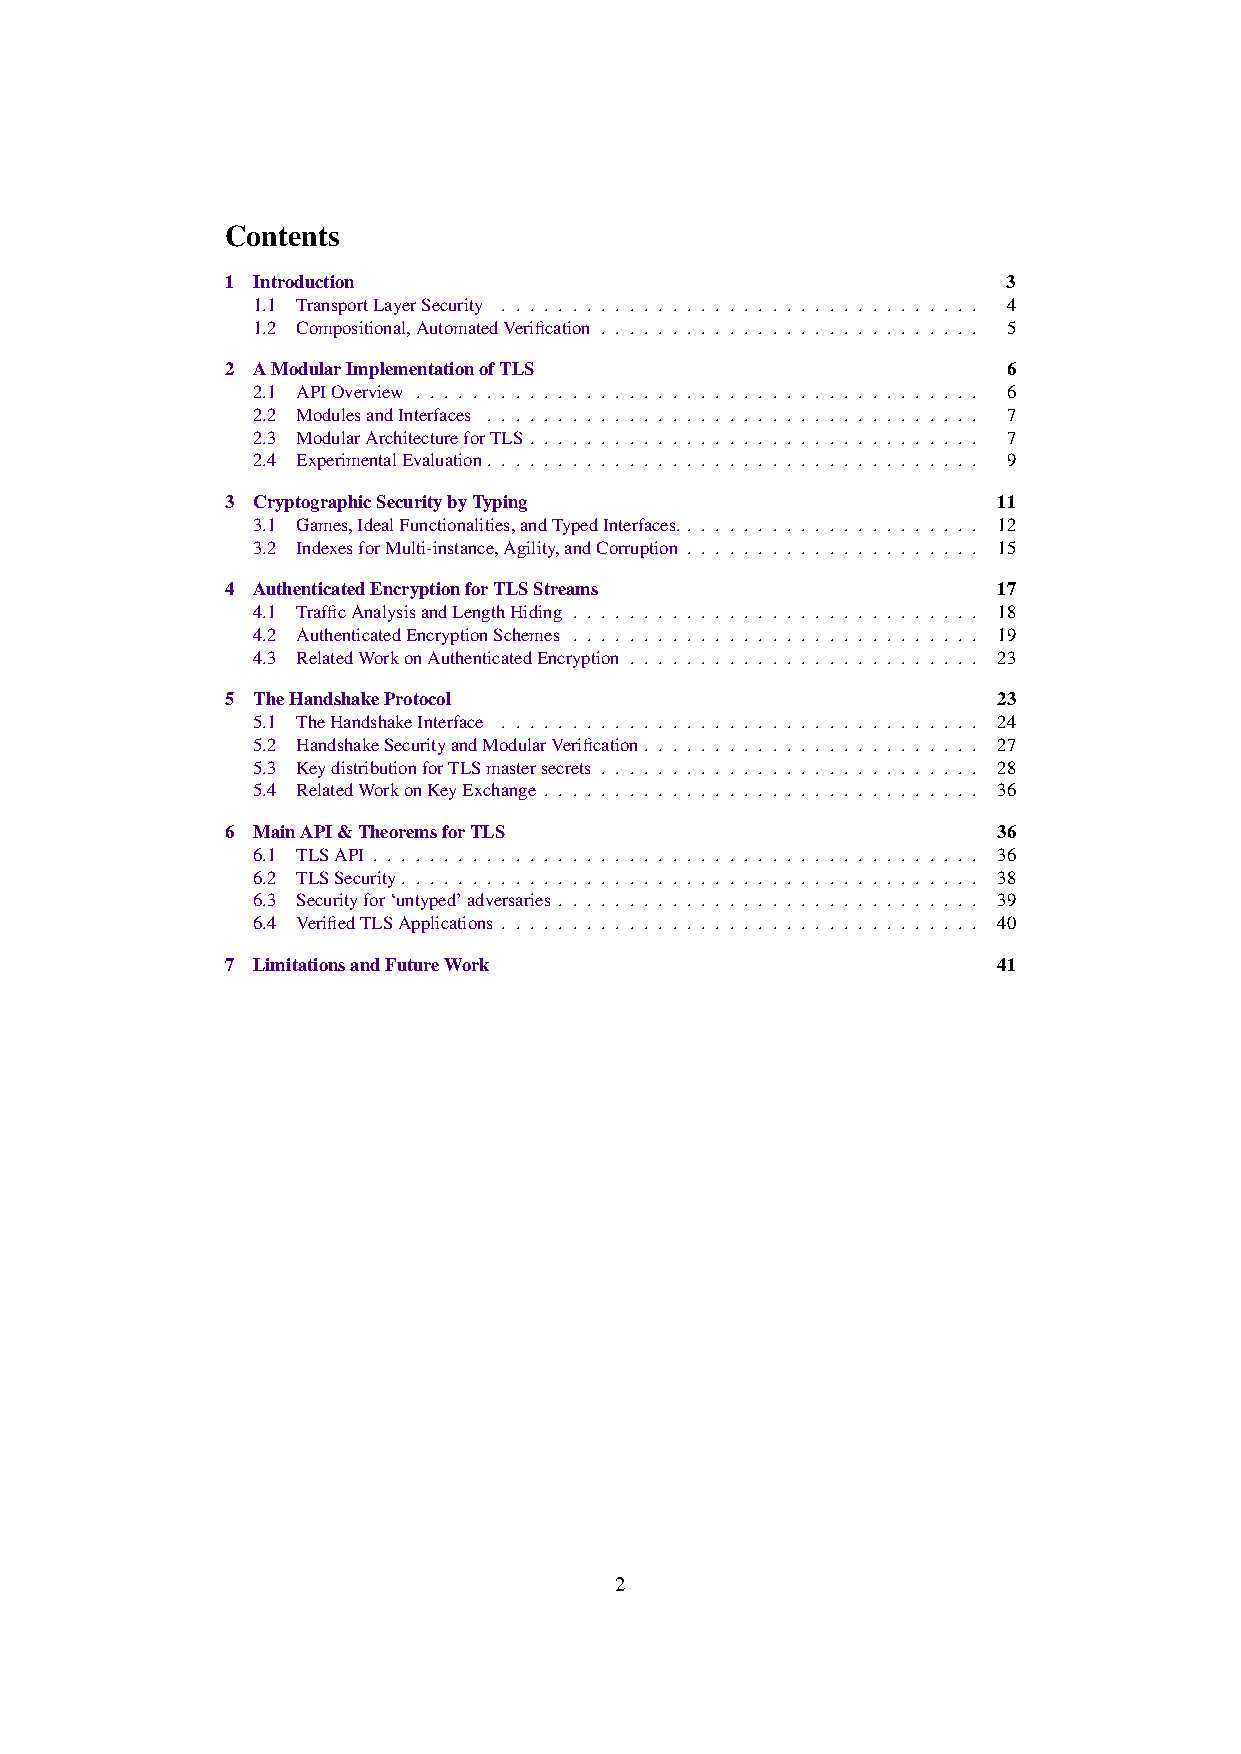
Contents
 1 Introduction                                      3
 1.1 TransportLayerSecurity . . . . . . . . . . . . . . . . . . . . . . . . . . . . . . . . . . 4
 1.2 Compositional,AutomatedVerification . . . . . . . . . . . . . . . . . . . . . . . . . . . 5
 2 AModularImplementationofTLS                       6
 2.1 APIOverview . . . . . . . . . . . . . . . . . . . . . . . . . . . . . . . . . . . . . . . . 6
 2.2 ModulesandInterfaces . . . . . . . . . . . . . . . . . . . . . . . . . . . . . . . . . . . 7
 2.3 ModularArchitectureforTLS . . . . . . . . . . . . . . . . . . . . . . . . . . . . . . . . 7
 2.4 ExperimentalEvaluation. . . . . . . . . . . . . . . . . . . . . . . . . . . . . . . . . . . 9
 3 CryptographicSecuritybyTyping                    11
 3.1 Games,IdealFunctionalities,andTypedInterfaces.. . . . . . . . . . . . . . . . . . . . . 12
 3.2 IndexesforMulti-instance,Agility,andCorruption . . . . . . . . . . . . . . . . . . . . . 15
 4 AuthenticatedEncryptionforTLSStreams             17
 4.1 TrafficAnalysisandLengthHiding . . . . . . . . . . . . . . . . . . . . . . . . . . . . . 18
 4.2 AuthenticatedEncryptionSchemes . . . . . . . . . . . . . . . . . . . . . . . . . . . . . 19
 4.3 RelatedWorkonAuthenticatedEncryption . . . . . . . . . . . . . . . . . . . . . . . . . 23
 5 TheHandshakeProtocol                             23
 5.1 TheHandshakeInterface . . . . . . . . . . . . . . . . . . . . . . . . . . . . . . . . . . 24
 5.2 HandshakeSecurityandModularVerification. . . . . . . . . . . . . . . . . . . . . . . . 27
 5.3 KeydistributionforTLSmastersecrets . . . . . . . . . . . . . . . . . . . . . . . . . . . 28
 5.4 RelatedWorkonKeyExchange . . . . . . . . . . . . . . . . . . . . . . . . . . . . . . . 36
 6 MainAPI&TheoremsforTLS                           36
 6.1 TLSAPI . . . . . . . . . . . . . . . . . . . . . . . . . . . . . . . . . . . . . . . . . . . 36
 6.2 TLSSecurity. . . . . . . . . . . . . . . . . . . . . . . . . . . . . . . . . . . . . . . . . 38
 6.3 Securityfor‘untyped’adversaries . . . . . . . . . . . . . . . . . . . . . . . . . . . . . . 39
 6.4 VerifiedTLSApplications . . . . . . . . . . . . . . . . . . . . . . . . . . . . . . . . . . 40
 7 LimitationsandFutureWork                         41
 2